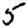
Digit: 5